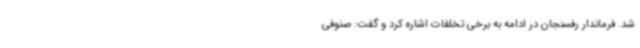
شد. فرماندار رفسنجان در ادامه به برخی تخلفات اشاره کرد و گفت: صنوفی